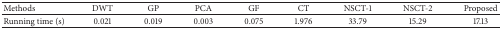
<table><thead><tr><td><b>Methods</b></td><td><b>DWT</b></td><td><b>GP</b></td><td><b>PCA</b></td><td><b>GF</b></td><td><b>CT</b></td><td><b>NSCT-1</b></td><td><b>NSCT-2</b></td><td><b>Proposed</b></td></tr></thead><tbody><tr><td>Running time (s)</td><td>0.021</td><td>0.019</td><td>0.003</td><td>0.075</td><td>1.976</td><td>33.79</td><td>15.29</td><td>17.13</td></tr></tbody></table>